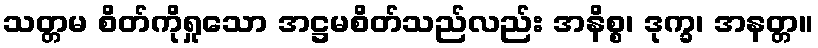
သတ္တမ စိတ်ကိုရှုသော အဋ္ဌမစိတ်သည်လည်း အနိစ္စ၊ ဒုက္ခ၊ အနတ္တ။